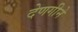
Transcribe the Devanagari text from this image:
देणगीने